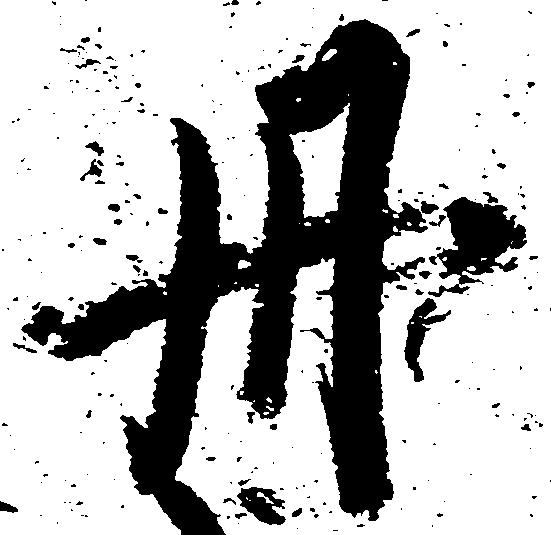
丹